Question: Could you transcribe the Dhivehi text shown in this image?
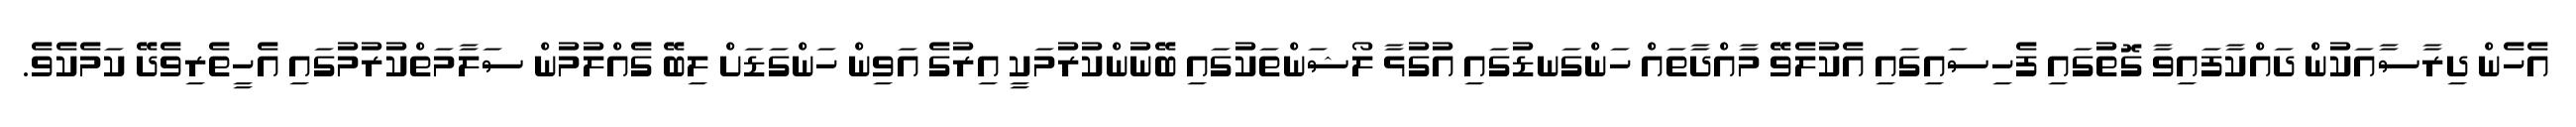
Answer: އެހެން ދިރާސާއަކުން ދައްކާފައިވާ ގޮތުގައި ފެހިސައިގައި އެކުލެވޭ މާއްދާތައް ހަންގަނޑުގައި އުގުޅާ ލޯޝަންތަކުގައި ބޭނުންކުރުމަކީ އިރުގެ އަވިން ހަންގަޑަށް ލިބޭ ގެއްލުމުން ސަލާމަތްކުރުމުގައި އެހީތެރިވެދޭ ކަމެކެވެ.